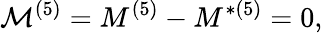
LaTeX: {\cal{M}}^{(5)}=M^{(5)}-M^{*(5)}=0,